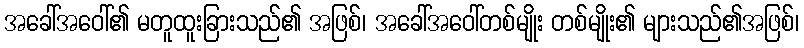
အခေါ်အဝေါ်၏ မတူထူးခြားသည်၏ အဖြစ်၊ အခေါ်အဝေါ်တစ်မျိုး တစ်မျိုး၏ များသည်၏အဖြစ်၊